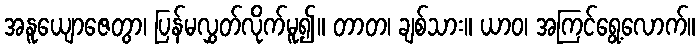
အနူယျောဇေတွာ၊ ပြန်မလွှတ်လိုက်မူ၍။ တာတ၊ ချစ်သား။ ယာဝ၊ အကြင်ရွေ့လောက်။